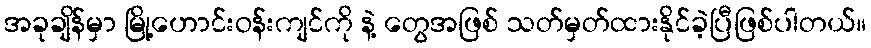
အခုချိန်မှာ မြို့ဟောင်းဝန်းကျင်ကို နဲ့ တွေအဖြစ် သတ်မှတ်ထားနိုင်ခဲ့ပြီဖြစ်ပါတယ်။